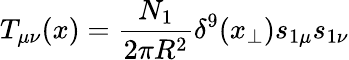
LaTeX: T_{\mu\nu}(x)={\frac{N_{1}}{2\pi R^{2}}}\delta^{9}(x_{\perp})s_{1\mu}s_{1\nu}